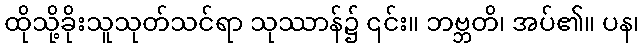
ထိုသို့ခိုးသူသုတ်သင်ရာ သုဿာန်၌ ၎င်း။ ဘဗ္ဘတိ၊ အပ်၏။ ပန၊